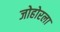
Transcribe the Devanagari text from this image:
जोहोरला